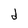
Character: d